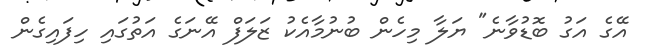
އޭގެ އަގު ބޮޑުވާނެ" ޔަލާ މިހެން ބުނުމާއެކު ޒަލަފް އޭނަގެ އަތުގައި ހިފައިގެން